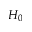
H _ { 0 }